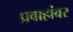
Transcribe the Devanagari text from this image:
प्रवाहांवर